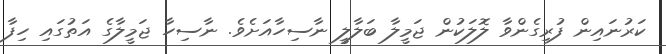
ކަރުނައިން ފުރިގެންވާ ލޮލަކުން ޖަމީލާ ބަލާލީ ނާސިހާއަށެވެ. ނާސިހާ ޖަމީލާގެ އަތުގައި ހިފާ